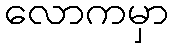
လောကမှာ